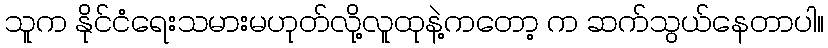
သူက နိုင်ငံရေးသမားမဟုတ်လို့လူထုနဲ့ကတော့ က ဆက်သွယ်နေတာပါ။